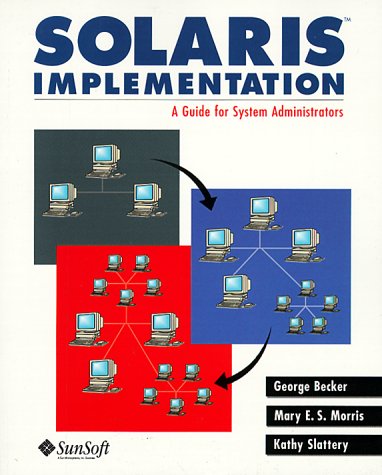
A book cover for Solaris Implementation: A Guide for System Administrators; George Becker; Computers & Technology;